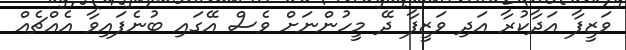
ވަޒީފާ އަދާކުރާ އަދި ވަޒީފާ ދޭ މީހުންނަށް ވެސް އޭގައި ބުނެފައިވާ އެއްޗެއް